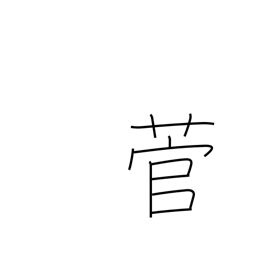
Meaning: sedge